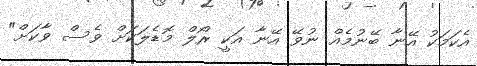
އެކަމަކު އޭނާ ބޭނުމެއް ނުވޭ އޭނާ އަކީ ރޯލް މޮޑެލަކަށް ވެސް ވާކަށް"